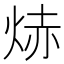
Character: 焃